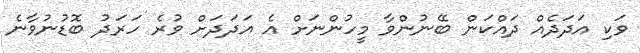
ވަކި އަދަދެއް ދައްކަން ބޭނުންވާ މީހުންނަށް އެ އަދަދަށް ވުރެ ހަރަދު ބޮޑުނުވާނެ